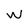
Character: m